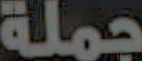
جملة